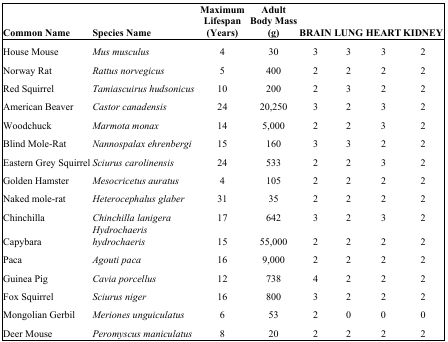
| Common Name | Species Name | Maximum Lifespan (Years) | Adult Body Mass (g) | BRAIN | LUNG | HEART | KIDNEY |
 | --- | --- | --- | --- | --- | --- | --- | --- |
 | House Mouse | Mus musculus | 4 | 30 | 3 | 3 | 3 | 2 |
 | Norway Rat | Rattus norvegicus | 5 | 400 | 2 | 2 | 2 | 2 |
 | Red Squirrel | Tamiascuirus hudsonicus | 10 | 200 | 2 | 3 | 2 | 2 |
 | American Beaver | Castor canadensis | 24 | 20,250 | 3 | 2 | 3 | 2 |
 | Woodchuck | Marmota monax | 14 | 5,000 | 2 | 2 | 3 | 2 |
 | Blind Mole-Rat | Nannospalax ehrenbergi | 15 | 160 | 3 | 3 | 2 | 2 |
 | Eastern Grey Squirrel | Sciurus carolinensis | 24 | 533 | 2 | 2 | 3 | 2 |
 | Golden Hamster | Mesocricetus auratus | 4 | 105 | 2 | 2 | 2 | 2 |
 | Naked mole-rat | Heterocephalus glaber | 31 | 35 | 2 | 2 | 2 | 2 |
 | Chinchilla | Chinchilla lanigera | 17 | 642 | 3 | 2 | 3 | 2 |
 | Capybara | Hydrochaeris hydrochaeris | 15 | 55,000 | 2 | 2 | 2 | 2 |
 | Paca | Agouti paca | 16 | 9,000 | 2 | 2 | 2 | 2 |
 | Guinea Pig | Cavia porcellus | 12 | 738 | 4 | 2 | 2 | 2 |
 | Fox Squirrel | Sciurus niger | 16 | 800 | 3 | 2 | 2 | 2 |
 | Mongolian Gerbil | Meriones unguiculatus | 6 | 53 | 2 | 0 | 0 | 0 |
 | Deer Mouse | Peromyscus maniculatus | 8 | 20 | 2 | 2 | 2 | 2 |